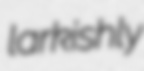
larkishly